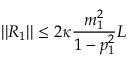
\lvert | R _ { 1 } \rvert | \leq 2 \kappa \frac { m _ { 1 } ^ { 2 } } { 1 - p _ { 1 } ^ { 2 } } L